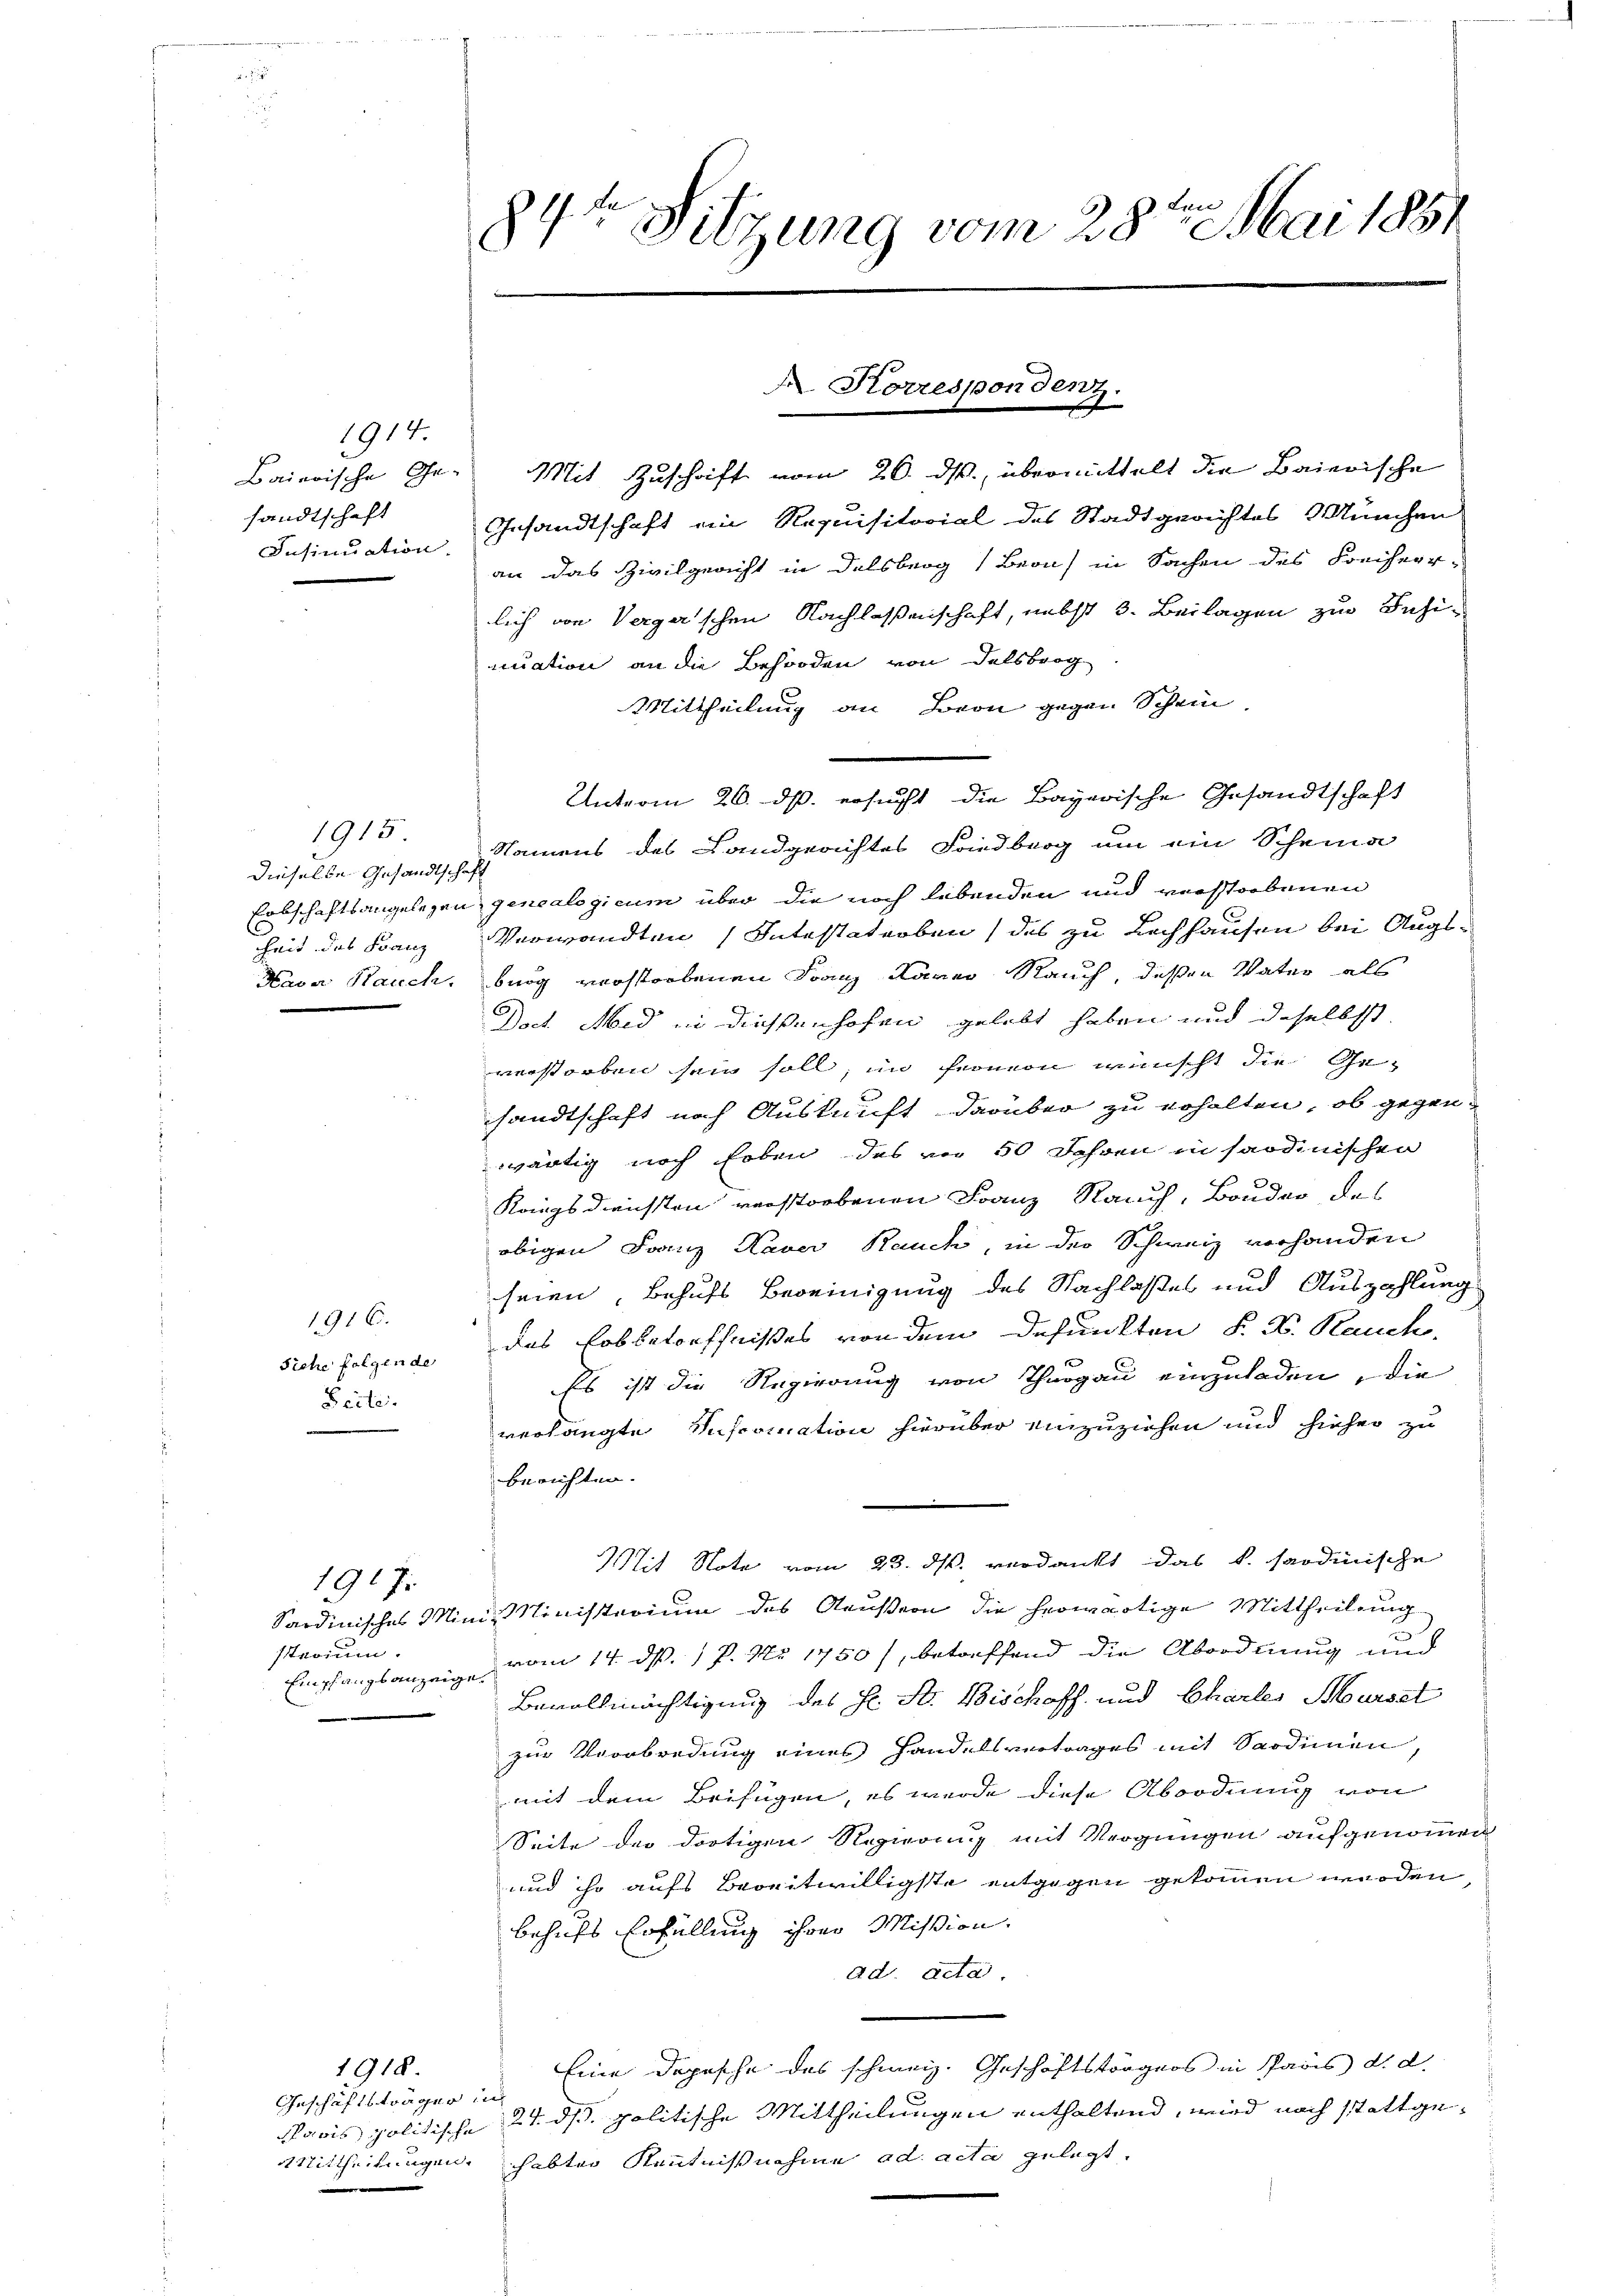
1914.
Baierische Gesandtschaft
Insinuation.

dieselbe Gesandtschaft
heit des Franz
Haver Rauch.

1915

1916.
Siehe folgende
Seite.

sttarium.
Empfangsanzeige.

1917

Geschäftsträger in

1918.

84t Sitzung vom 28ten Mai 1851

Mit Zuschrift vom 26. ds., übermittelt die Baierische
Gesandtschaft ein Requisitorial des Stadtgerichtes München
an das Zivilgericht in Delsberg Bern in Sachen des Freiherr-
lich von Vergarischen Nachlassenschaft, nebst 3. Beilagen zur Inhinuation an die Behörden von Delsbrog
Mittheilung an Beon gegen Schein
Namens des Landgerichtes Friedberg um ein Scheina
Erbschaftsangelegen genealogicum über die noch lebenden und verstorbenen
Verwandten Intestaterben (des zu Lochhausen bei Augsbnög verstorbenen Franz Kamer Rauch, deßen Vater als
Doch Mid in diesenhofen gelebt haben und daselbst
verstorben sein soll, in Fernern wünscht die Ge-
sandtschaft nach Auskunft darüber zu erhalten, ob gegen-
wärtig noch Erben des vor 50 Jahren in sardinischen
Kriegsdiensten verstorbenen Franz Rauch, Bruder, des
obigen Franz Xaver Rauch, in der Schweiz vorhanden
seien, behufs Bereinigung des Nachlaßes und Auszahlung
das Erbbetreffnißes von dem defunkten S. K. Rauch,
Es ist die Regierung von Thurgau einzuladen, die
verlangte Reformation hierüber einzuziehen und hieher zu
berichten.
Mit Note vom 23. ds. verdankt das k. saodinische
Sardinisches Mini-Ministerium des Aeußern die herwärtige Mittheilung
vom 14. d. 17. No 1750, betreffend die Abordnung und
Bevollmächtigung des Hr. St. Bischoff und Chartes Marset
zur Verabredung eines Handelsvertrages mit Sardinen,
mit dem Beifügen, es werde diese Abordnung von
Seite der dortigen Regierung mit Vergnügen aufgenommen
und so aufs Bereitwilligste entgegen gekommen werden,
behufs Erfüllung ihrer Mission.
ad. Acta.
Eine Depesche des schweiz. Geschäftstörgers in Paris d. d.
5
Pacis politische 21. ds. politische Mittheilungen enthaltend, wird noch stattge¬
Mittheilungen, habten Kenntnißnahme ad acta gelegt,

A Korrespondenz.
e

Unterm 20. ds. ersucht die Bayerische Gesandtschaft